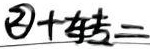
\textcircled{2}+转=